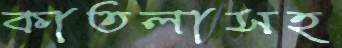
কাতলাসহ